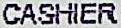
CASHIER